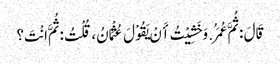
قَالَ : ثُمَّ عُمَرُ. وَخَشِیْتُ أَنْ یَقُوْلَ عُثْمَانُ، قُلْتُ : ثُمَّ انْتَ؟